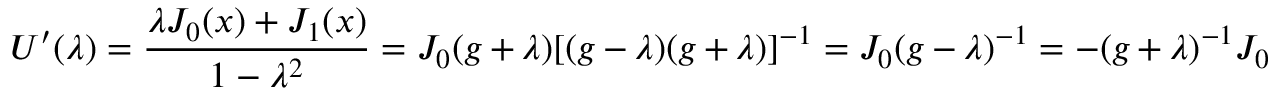
U ^ { \prime } ( \lambda ) = \frac { \lambda J _ { 0 } ( x ) + J _ { 1 } ( x ) } { 1 - { \lambda } ^ { 2 } } = J _ { 0 } ( g + \lambda ) [ ( g - \lambda ) ( g + \lambda ) ] ^ { - 1 } = J _ { 0 } ( g - \lambda ) ^ { - 1 } = - ( g + \lambda ) ^ { - 1 } J _ { 0 }